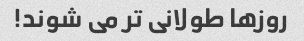
روزها طولانی تر می شوند!